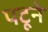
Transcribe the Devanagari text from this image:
पटूने